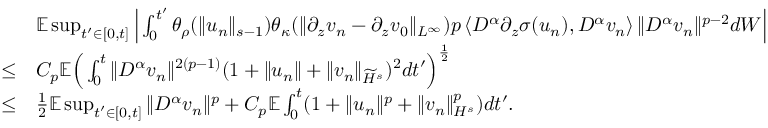
\begin{array} { r l } & { \mathbb E \operatorname* { s u p } _ { t ^ { \prime } \in [ 0 , t ] } \Big | \int _ { 0 } ^ { t ^ { \prime } } \theta _ { \rho } ( \| u _ { n } \| _ { s - 1 } ) \theta _ { \kappa } ( \| \partial _ { z } v _ { n } - \partial _ { z } v _ { 0 } \| _ { L ^ { \infty } } ) p \left\langle D ^ { \alpha } \partial _ { z } \sigma ( u _ { n } ) , D ^ { \alpha } v _ { n } \right\rangle \| D ^ { \alpha } v _ { n } \| ^ { p - 2 } d W \Big | } \\ { \leq } & { C _ { p } \mathbb E \Big ( \int _ { 0 } ^ { t } \| D ^ { \alpha } v _ { n } \| ^ { 2 ( p - 1 ) } ( 1 + \| u _ { n } \| + \| v _ { n } \| _ { \widetilde H ^ { s } } ) ^ { 2 } d t ^ { \prime } \Big ) ^ { \frac 1 2 } } \\ { \leq } & { \frac 1 2 \mathbb E \operatorname* { s u p } _ { t ^ { \prime } \in [ 0 , t ] } \| D ^ { \alpha } v _ { n } \| ^ { p } + C _ { p } \mathbb E \int _ { 0 } ^ { t } ( 1 + \| u _ { n } \| ^ { p } + \| v _ { n } \| _ { H ^ { s } } ^ { p } ) d t ^ { \prime } . } \end{array}